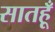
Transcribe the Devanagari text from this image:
सातहूँ